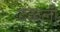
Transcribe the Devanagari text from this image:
दळली